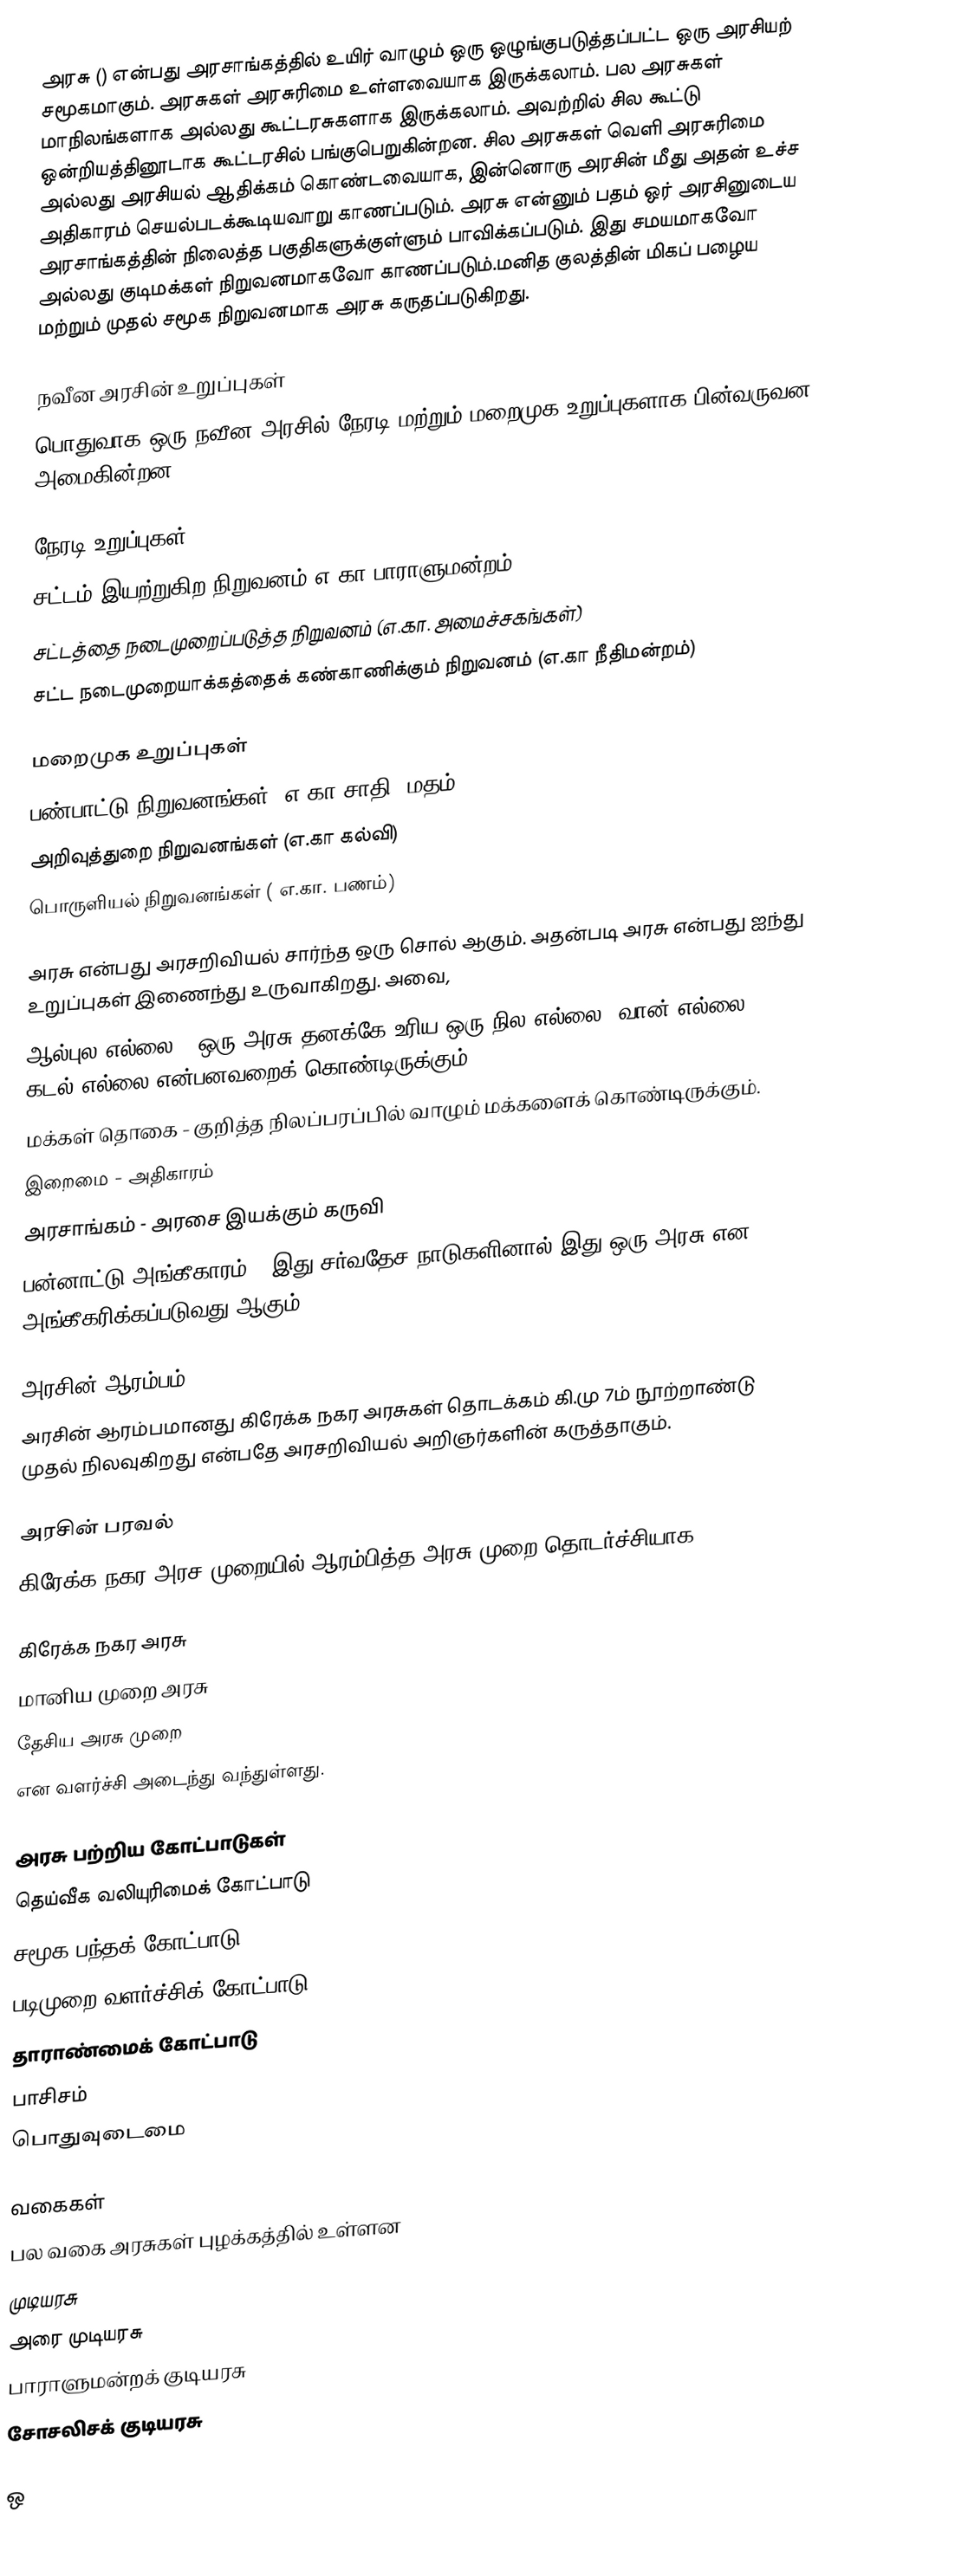
அரசு () என்பது அரசாங்கத்தில் உயிர் வாழும் ஒரு ஒழுங்குபடுத்தப்பட்ட ஒரு அரசியற் சமூகமாகும். அரசுகள் அரசுரிமை உள்ளவையாக இருக்கலாம். பல அரசுகள் மாநிலங்களாக அல்லது கூட்டரசுகளாக இருக்கலாம். அவற்றில் சில கூட்டு ஒன்றியத்தினூடாக கூட்டரசில் பங்குபெறுகின்றன. சில அரசுகள் வெளி அரசுரிமை அல்லது அரசியல் ஆதிக்கம் கொண்டவையாக, இன்னொரு அரசின் மீது அதன் உச்ச அதிகாரம் செயல்படக்கூடியவாறு காணப்படும். அரசு என்னும் பதம் ஒர் அரசினுடைய அரசாங்கத்தின் நிலைத்த பகுதிகளுக்குள்ளும் பாவிக்கப்படும். இது சமயமாகவோ அல்லது குடிமக்கள் நிறுவனமாகவோ காணப்படும்.மனித குலத்தின் மிகப் பழைய மற்றும் முதல் சமூக நிறுவனமாக அரசு கருதப்படுகிறது.

நவீன அரசின் உறுப்புகள்
பொதுவாக ஒரு நவீன அரசில் நேரடி மற்றும் மறைமுக உறுப்புகளாக பின்வருவன அமைகின்றன.

நேரடி உறுப்புகள்
 சட்டம் இயற்றுகிற நிறுவனம்(எ.கா பாராளுமன்றம்)
 சட்டத்தை நடைமுறைப்படுத்த நிறுவனம் (எ.கா. அமைச்சகங்கள்)
 சட்ட நடைமுறையாக்கத்தைக் கண்காணிக்கும் நிறுவனம் (எ.கா நீதிமன்றம்)

மறைமுக உறுப்புகள்
பண்பாட்டு நிறுவனங்கள் (எ.கா சாதி, மதம்)
அறிவுத்துறை நிறுவனங்கள் (எ.கா கல்வி)
பொருளியல் நிறுவனங்கள் ( எ.கா. பணம்)

அரசு என்பது அரசறிவியல் சார்ந்த ஒரு சொல் ஆகும். அதன்படி அரசு என்பது ஐந்து உறுப்புகள் இணைந்து உருவாகிறது. அவை,
 ஆல்புல எல்லை - ஒரு அரசு தனக்கே உரிய ஒரு நில எல்லை, வான் எல்லை, கடல் எல்லை என்பனவறைக் கொண்டிருக்கும்.
 மக்கள் தொகை - குறித்த நிலப்பரப்பில் வாழும் மக்களைக் கொண்டிருக்கும்.
 இறைமை - அதிகாரம்
 அரசாங்கம் - அரசை இயக்கும் கருவி
 பன்னாட்டு அங்கீகாரம் - இது சர்வதேச நாடுகளினால் இது ஒரு அரசு என அங்கீகரிக்கப்படுவது ஆகும்.

அரசின் ஆரம்பம்
அரசின் ஆரம்பமானது கிரேக்க நகர அரசுகள் தொடக்கம் கி.மு 7ம் நூற்றாண்டு முதல் நிலவுகிறது என்பதே அரசறிவியல் அறிஞர்களின் கருத்தாகும்.

அரசின் பரவல்
கிரேக்க நகர அரச முறையில் ஆரம்பித்த அரசு முறை தொடர்ச்சியாக,

கிரேக்க நகர அரசு
மானிய முறை அரசு
தேசிய அரசு முறை
என வளர்ச்சி அடைந்து வந்துள்ளது.

அரசு பற்றிய கோட்பாடுகள்
தெய்வீக வலியுரிமைக் கோட்பாடு
சமூக பந்தக் கோட்பாடு
படிமுறை வளர்ச்சிக் கோட்பாடு
தாராண்மைக் கோட்பாடு
பாசிசம்
பொதுவுடைமை

வகைகள்
பல வகை அரசுகள் புழக்கத்தில் உள்ளன
 முடியரசு
 அரை முடியரசு
 பாராளுமன்றக் குடியரசு
 சோசலிசக் குடியரசு

ஒ